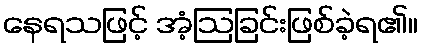
နေရသဖြင့် အံ့ဩခြင်းဖြစ်ခဲ့ရ၏။